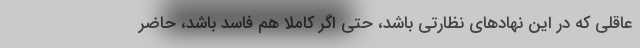
عاقلي كه در اين نهادهاي نظارتي باشد، حتي اگر كاملا هم فاسد باشد، حاضر